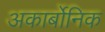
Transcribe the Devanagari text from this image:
अकार्बोनिक